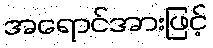
အရောင်အားဖြင့်